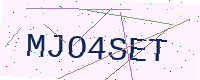
Text: MJO4SET